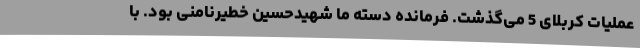
عملیات کربلای 5 می‌گذشت. فرمانده دسته ما شهیدحسین خطیرنامنی بود. با